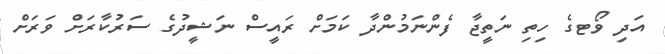
އަދި ވޯޓގެ ހިތި ނަތީޖާ ފެންނަމުންދާ ކަމަށް ރައީސް ނަޝީދުގެ ސަރުކާރަށް ވަރަށް